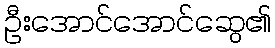
ဦးအောင်အောင်ဆွေ၏